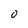
Character: O